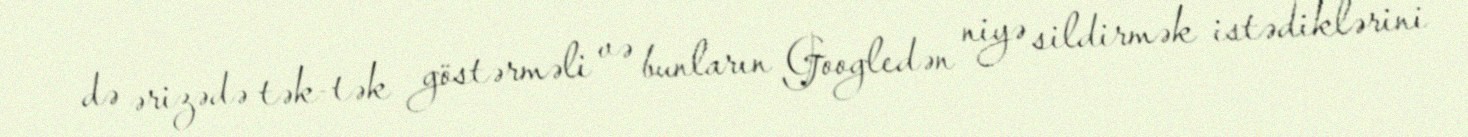
də ərizədə tək-tək göstərməli və bunların Googledən niyə sildirmək istədiklərini